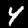
Label: 4